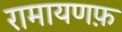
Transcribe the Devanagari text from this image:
रामायणफ़